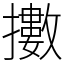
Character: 擻